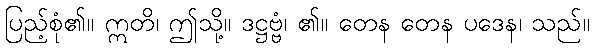
ပြည့်စုံ၏။ ဣတိ၊ ဤသို့။ ဒဋ္ဌဗ္ဗံ၊ ၏။ တေန တေန ပဒေန၊ သည်။